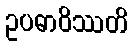
ဥပဓာဝိဿတိ